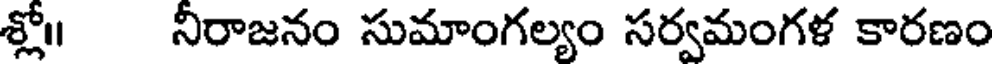
శ్లో॥ నీరాజనం సుమాంగల్యం సర్వమంగళ కారణం